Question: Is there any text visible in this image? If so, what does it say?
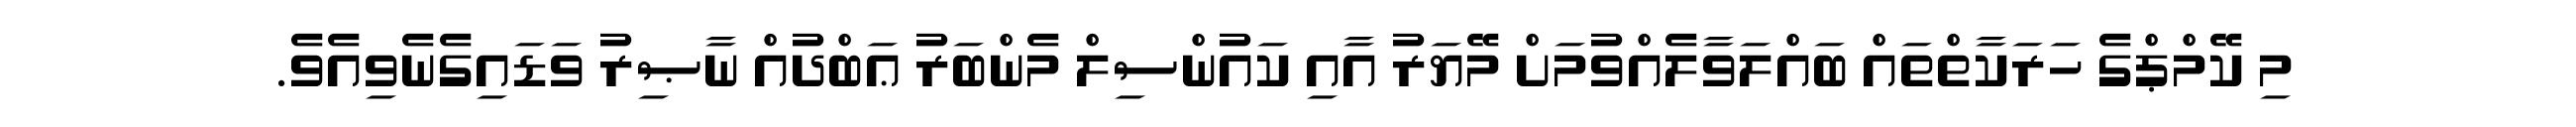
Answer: މި ކޭމްޕްގެ ހަރަކާތްތައް ބައްލަވާލެއްވުމަށް މޭޔަރު އާއި ކައުންސިލް މެންބަރު ޢަބްދުއް ނާޞިރު ވަޑައިގެނެވިއެވެ.